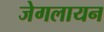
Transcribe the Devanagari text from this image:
जेगलायन